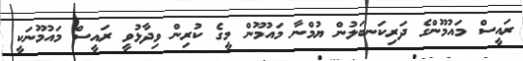
ރައީސް މައުމޫންގެ ދަރިކަނބަލުން ޔުމްނާ މައުމޫން މީގެ ކުރިން ވިދާޅުވީ ރައީސް މައުމޫނަކީ